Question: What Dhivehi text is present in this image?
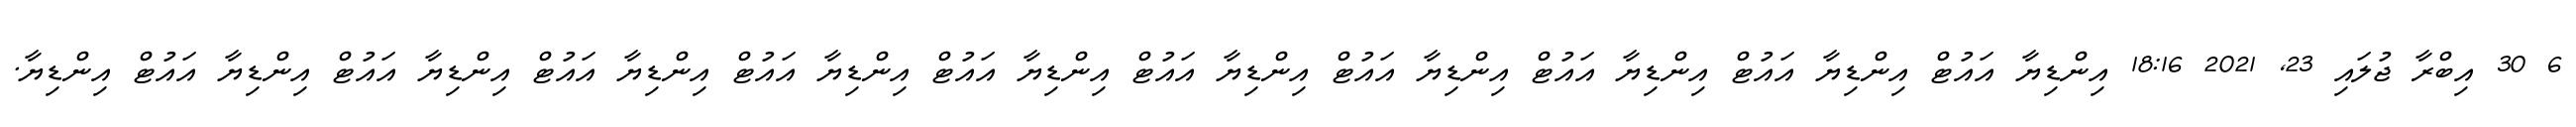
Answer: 6 30 އިބްރާ ޖުލައި 23, 2021 18:16 އިންޑިޔާ އައުޓް އިންޑިޔާ އައުޓް އިންޑިޔާ އައުޓް އިންޑިޔާ އައުޓް އިންޑިޔާ އައުޓް އިންޑިޔާ އައުޓް އިންޑިޔާ އައުޓް އިންޑިޔާ އައުޓް އިންޑިޔާ އައުޓް އިންޑިޔާ އައުޓް އިންޑިޔާ.